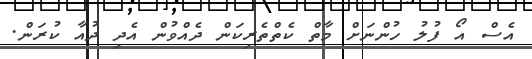
އެސް އޯ ފުލު ހުންނަށް މާތް ކެތްތެރިކަން ދެއްވުން އެދި ދުއާ ކުރަން.